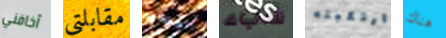
أخافني مقابلتى العصابه شيء ارتكبته هناك